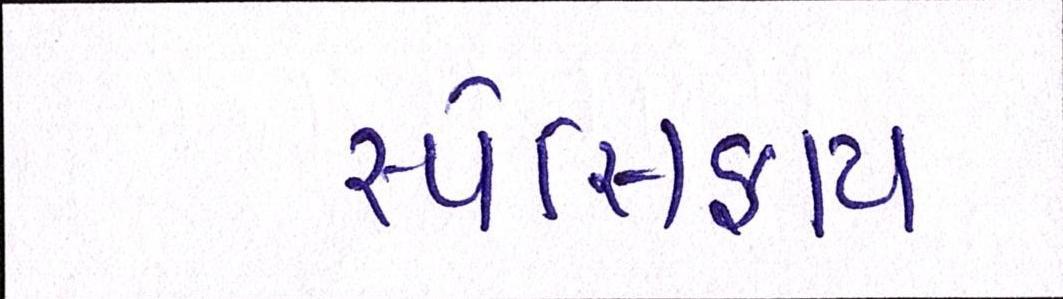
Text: સ્પેસિફાય